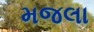
મજલા